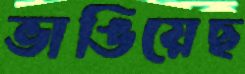
ভাঙিয়েছ